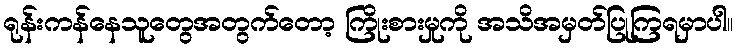
ရုန်းကန်နေသူတွေအတွက်တော့ ကြိုးစားမှုကို အသိအမှတ်ပြုကြရမှာပါ။